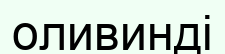
оливинді